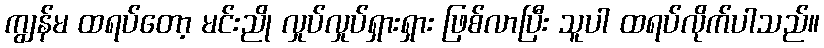
ကျွန်မ ထရပ်တော့ မင်းညို လှုပ်လှုပ်ရှားရှား ဖြစ်လာပြီး သူပါ ထရပ်လိုက်ပါသည်။